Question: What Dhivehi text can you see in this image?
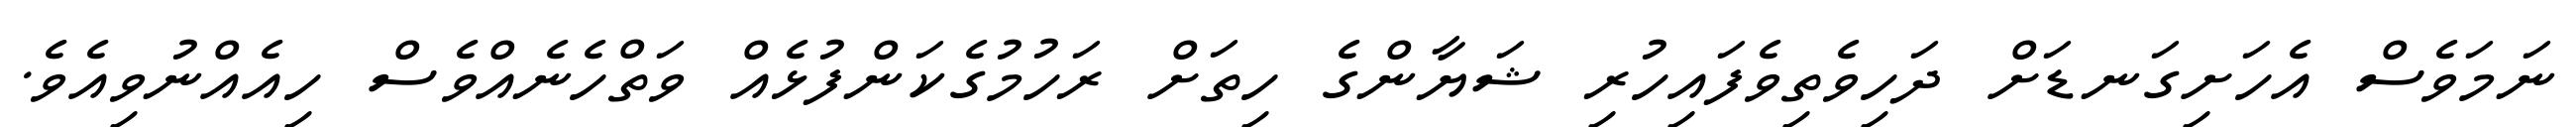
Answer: ނަމަވެސް އެހަށިގަނޑަށް ދަހިވެތިވެފައިހުރި ޝަޔާންގެ ހިތަށް ރަހުމުގެކަންފުޅެއް ވަތްހެނެއްވެސް ހިއެއްނުވިއެވެ.